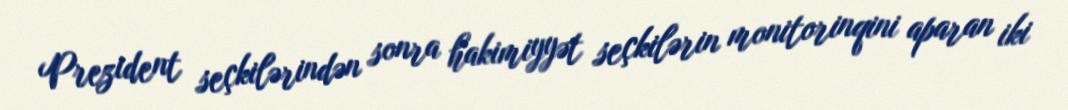
Prezident seçkilərindən sonra hakimiyyət seçkilərin monitorinqini aparan iki